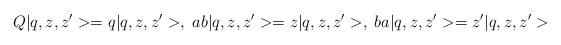
LaTeX: \begin{align*}Q|q,z,z^{\prime }>=q|q,z,z^{\prime }>, \; ab|q,z,z^{\prime }>=z|q,z,z^{\prime}>, \; ba|q,z,z^{\prime }>=z^{\prime }|q,z,z^{\prime }>\end{align*}